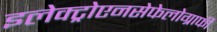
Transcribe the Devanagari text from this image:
इलेक्ट्रोएनसेफेलोग्राफी